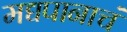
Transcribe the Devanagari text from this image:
मद्यपानाचं